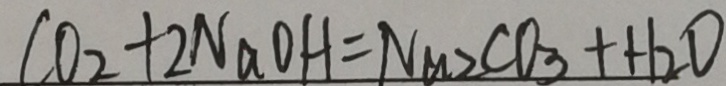
C O _ { 2 } + 2 N a O H = N a _ { 2 } C O _ { 3 } + H _ { 2 } O